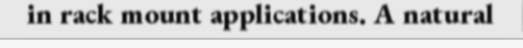
in rack mount applications. A natural